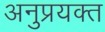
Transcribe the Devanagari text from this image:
अनुप्रयक्त